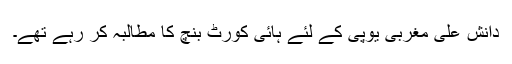
دانش علی مغربی یوپی کے لئے ہائی کورٹ بنچ کا مطالبہ کر رہے تھے۔